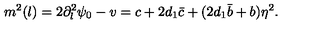
m ^ { 2 } ( l ) = 2 \partial _ { l } ^ { 2 } \psi _ { 0 } - v = c + 2 d _ { 1 } \bar { c } + ( 2 d _ { 1 } \bar { b } + b ) \eta ^ { 2 } .